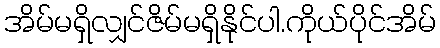
အိမ်မရှိလျှင်ဇိမ်မရှိနိုင်ပါ.ကိုယ်ပိုင်အိမ်